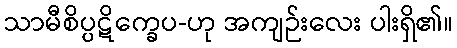
သာမီစိပ္ပဋိက္ခေပ-ဟု အကျဉ်းလေး ပါးရှိ၏။